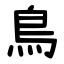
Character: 鳥